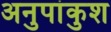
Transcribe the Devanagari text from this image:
अनुपांकुश